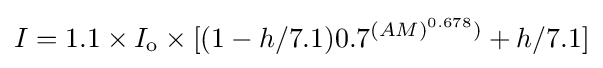
I=1.1\times I_{\mathrm {o} }\times [(1-h/7.1)0.7^{(AM)^{0.678})}+h/7.1]